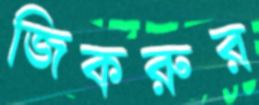
জিকরুর